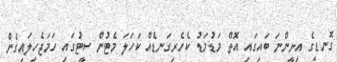
ގޮނޑީގެ އިށީންނަ ބައިގައި އޮތް މަޑުމަޑު ކެހެރިގަނޑެއް ކަހަލަ މެޓުން ސީޓުގައި ހަމަޖެހިލައިގެން